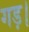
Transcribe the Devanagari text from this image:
गड़।